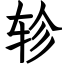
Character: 轸